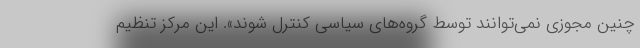
چنین مجوزی نمی‌توانند توسط گروه‌های سیاسی کنترل شوند». این مرکز تنظیم